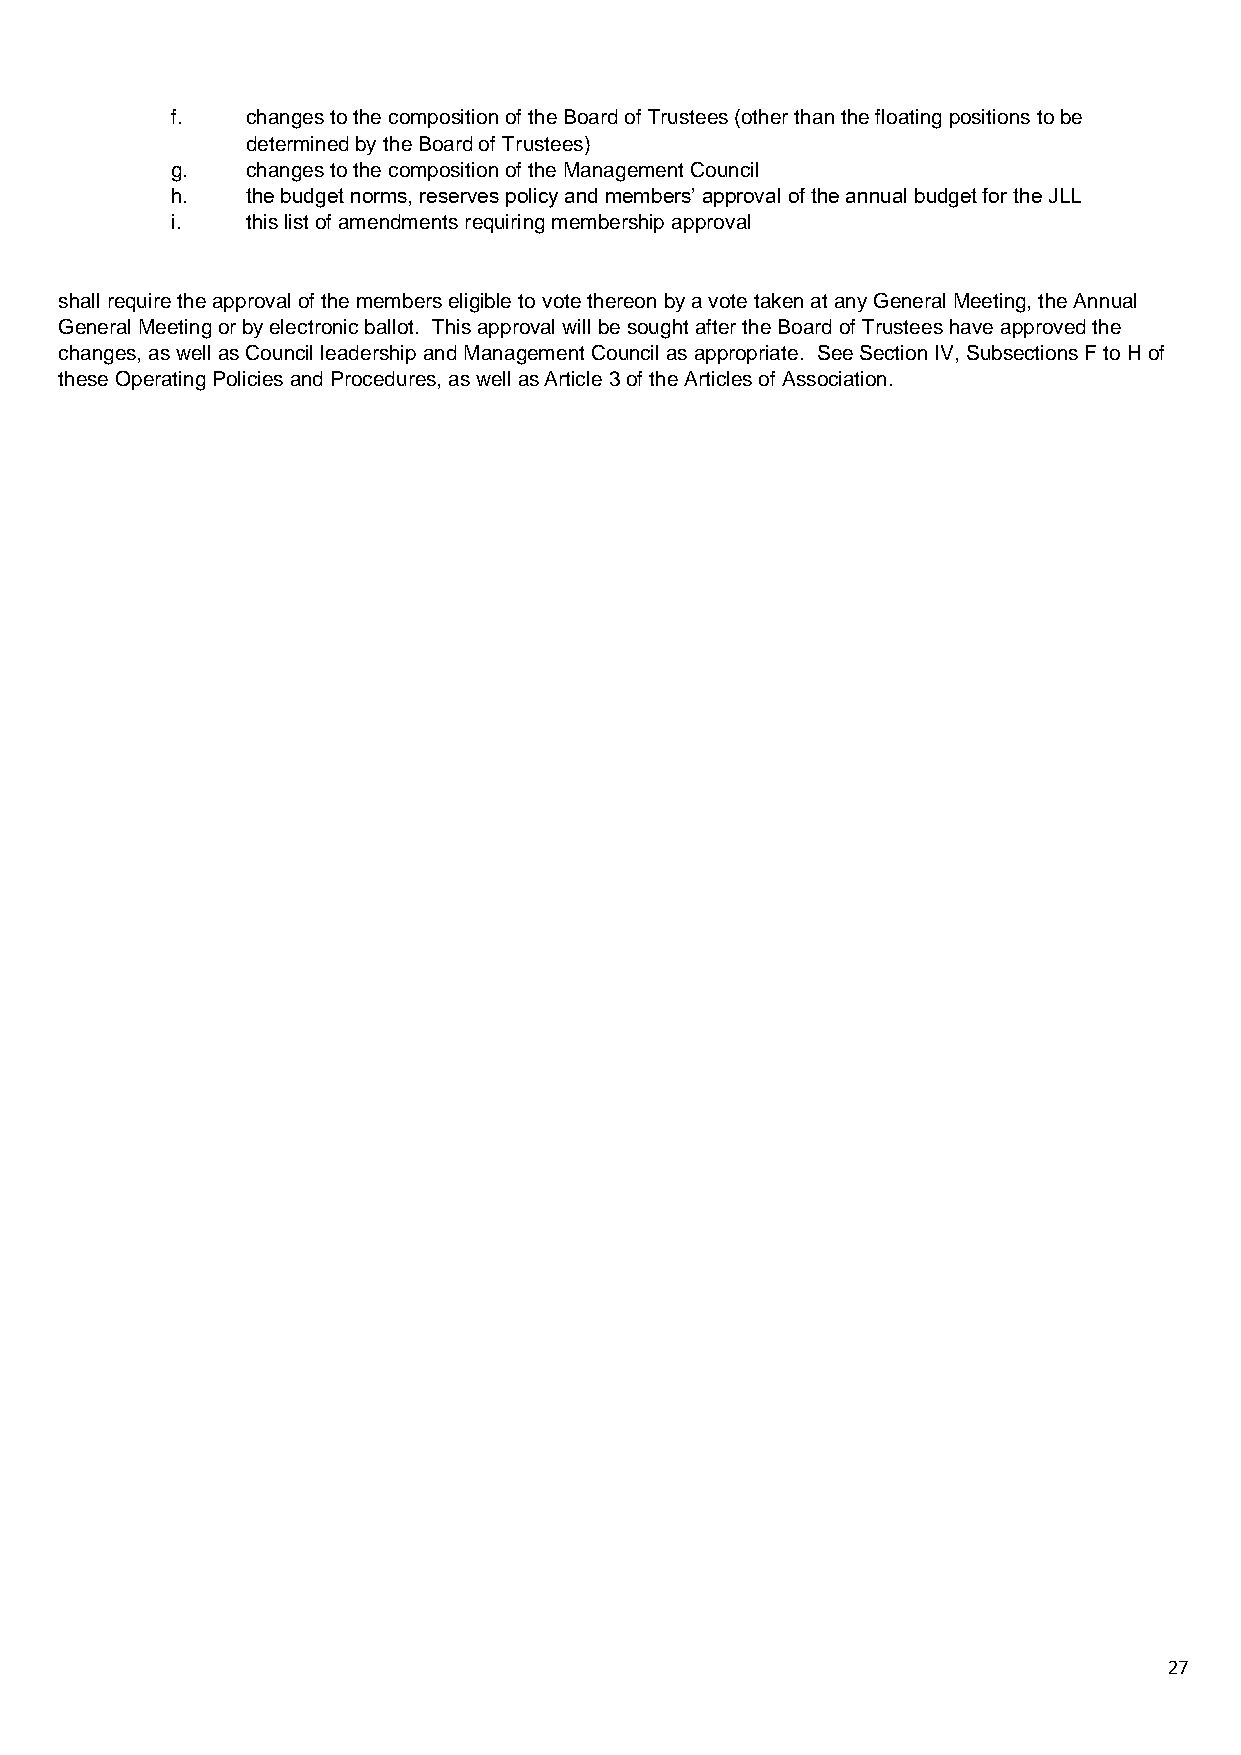
f.   changes to the composition of the Board of Trustees (other than the floating positions to be
 determined by the Board of Trustees)
 g.   changes to the composition of the Management Council
 h.   the budget norms, reserves policy and members’ approval of the annual budget for the JLL
 i.   this list of amendments requiring membership approval
 shall require the approval of the members eligible to vote thereon by a vote taken at any General Meeting, the Annual
 General Meeting or by electronic ballot. This approval will be sought after the Board of Trustees have approved the
 changes, as well as Council leadership and Management Council as appropriate. See Section IV, Subsections F to H of
 these Operating Policies and Procedures, as well as Article 3 of the Articles of Association.
 27